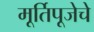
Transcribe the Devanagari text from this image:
मूर्तिपूजेचे